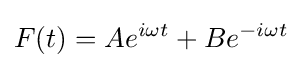
F(t)=Ae^{i\omega t}+Be^{-i\omega t}